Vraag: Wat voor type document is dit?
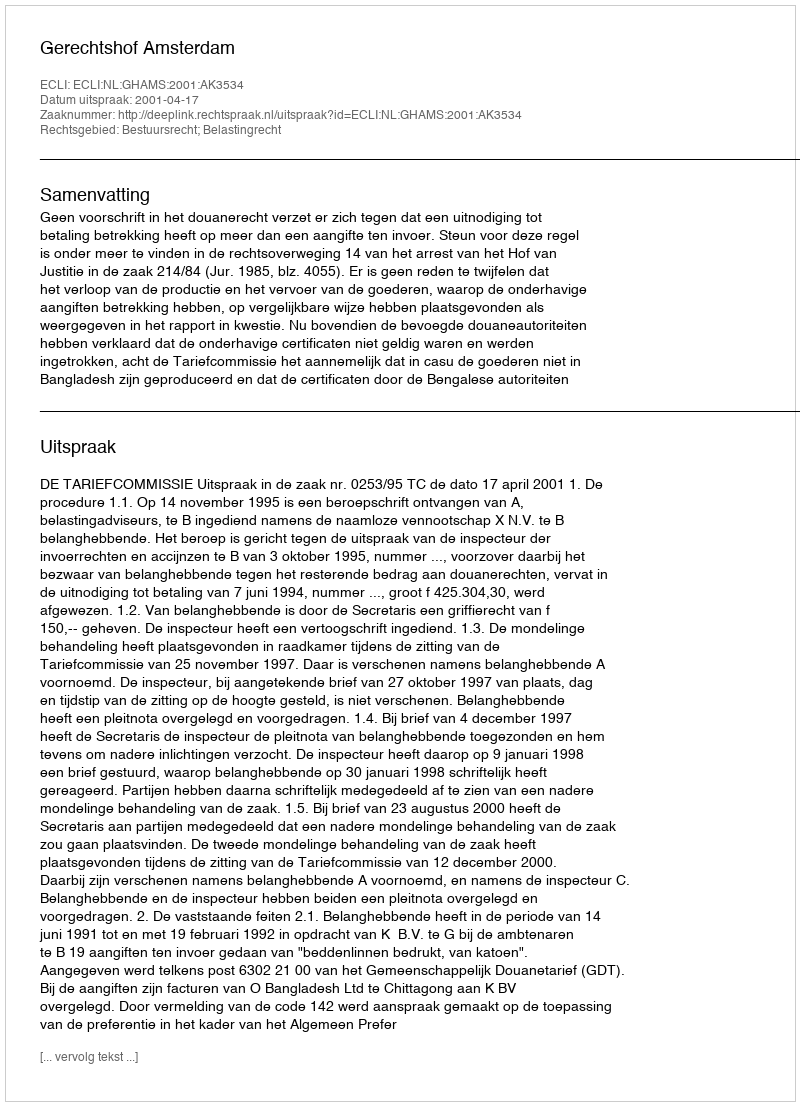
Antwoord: Uitspraak